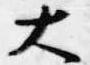
大